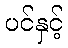
ပင်နှင့်